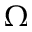
\Omega